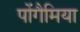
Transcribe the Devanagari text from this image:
पोंगैमिया